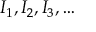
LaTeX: I _ { 1 } , I _ { 2 } , I _ { 3 } , \dots